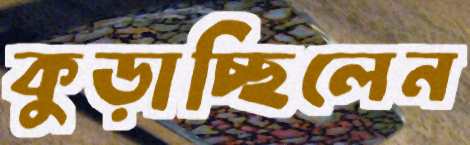
কুড়াচ্ছিলেন